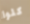
كلوا